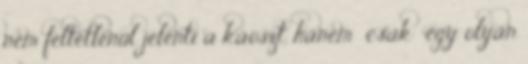
nem feltétlenül jelenti a káoszt, hanem »csak« egy olyan